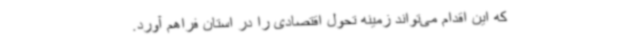
که این اقدام می‌تواند زمینه تحول اقتصادی را در استان فراهم آورد.